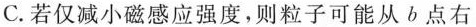
C.若仅减小磁感应强度，则粒子可能从b点右